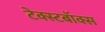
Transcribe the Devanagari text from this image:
टेक्स्टबॉक्स